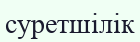
суретшілік